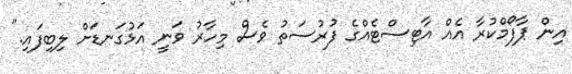
އިން ޕާފޯމްކުރާ އެއް އާޓިސްޓެއްގެ ފުރުސަތު ވެސް މިހާރު ވަނީ އަޅުގަނޑަށް ލިބިފައި."